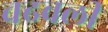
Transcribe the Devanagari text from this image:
चढवली